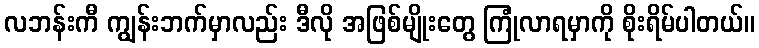
လဘန်းကီ ကျွန်းဘက်မှာလည်း ဒီလို အဖြစ်မျိုးတွေ ကြုံလာရမှာကို စိုးရိမ်ပါတယ်။